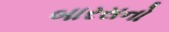
બારસનો